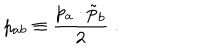
LaTeX: p _ { a b } \equiv \frac { p _ { a } \cdot \tilde { p } _ { b } } { 2 } \; .